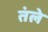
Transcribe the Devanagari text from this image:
तंले